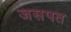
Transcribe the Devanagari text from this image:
जसपत